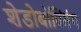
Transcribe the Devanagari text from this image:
शेडोबॉक्सिंग